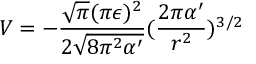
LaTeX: V = - \frac { \sqrt { \pi } ( \pi \epsilon ) ^ { 2 } } { 2 \sqrt { 8 \pi ^ { 2 } \alpha ^ { \prime } } } ( \frac { 2 \pi \alpha ^ { \prime } } { r ^ { 2 } } ) ^ { 3 / 2 }